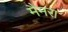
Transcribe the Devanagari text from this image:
मैमरा